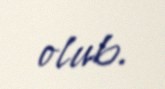
olub.